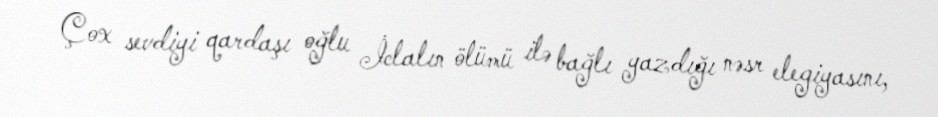
Çox sevdiyi qardaşı oğlu İclalın ölümü ilə bağlı yazdığı nəsr elegiyasını,